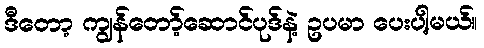
ဒီတော့ ကျွန်တော့်ဆောင်ပုဒ်နဲ့ ဥပမာ ပေးပါ့မယ်။